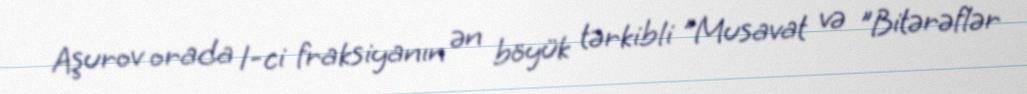
Aşurov orada 1-ci fraksiyanın ən böyük tərkibli "Musavat və "Bitərəflər